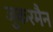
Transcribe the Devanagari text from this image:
जुकरमैन